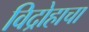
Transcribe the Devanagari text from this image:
विद्रोहाचा